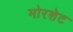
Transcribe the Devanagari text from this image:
मोरशेट